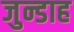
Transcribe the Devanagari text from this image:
जुन्डाह